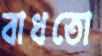
বাধতো